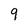
Character: 9